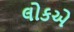
લોકએ